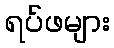
ရပ်ဖများ